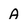
Character: A